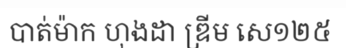
បាត់ម៉ាក ហុងដា ឌ្រីម សេ១២៥